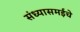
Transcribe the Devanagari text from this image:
संध्यासमईचे